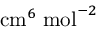
\mathrm { c m } ^ { 6 } \; \mathrm { m o l } ^ { - 2 }